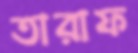
তারাফ